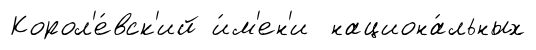
Корол'е́вск'ий и́м'ен'и национа́льных